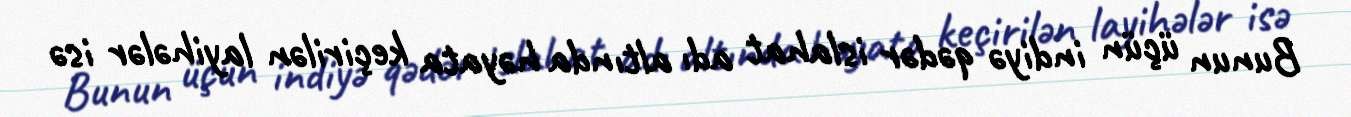
Bunun üçün indiyə qədər islahat adı altında həyata keçirilən layihələr isə